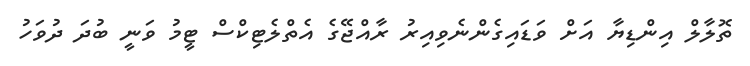
ތޮލާލް އިންޑިޔާ އަށް ވަޑައިގެންނެވިއިރު ރާއްޖޭގެ އެތްލެޓިކްސް ޓީމު ވަނީ ބުދަ ދުވަހު